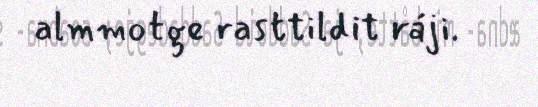
almmotge rasttildit ráji.